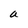
Character: a